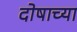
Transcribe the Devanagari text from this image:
दोषाच्या